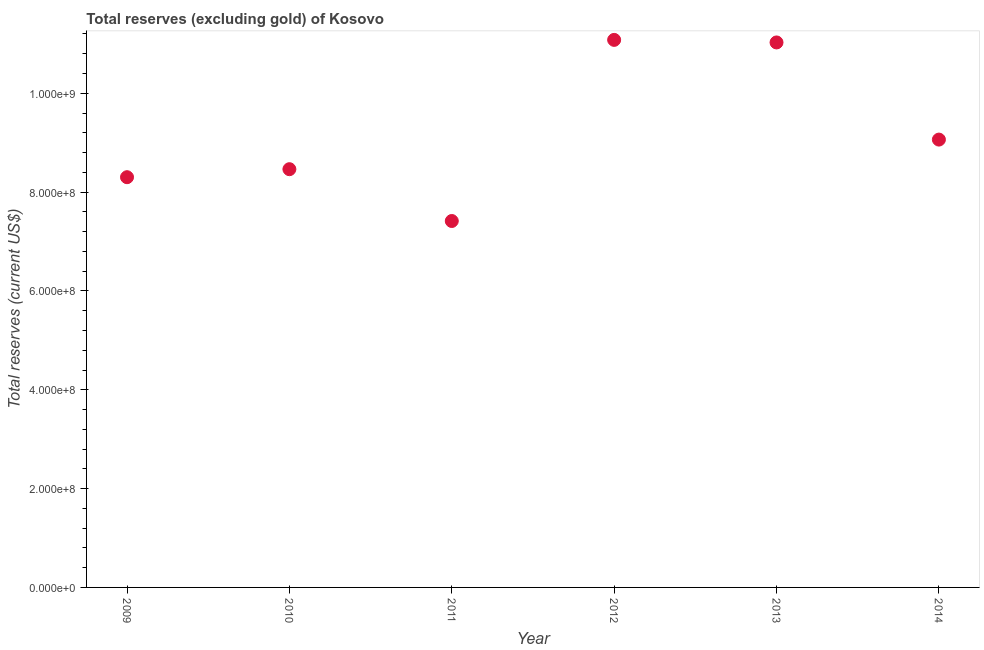
| Year | Total reserves minus gold (current US$) |
 | --- | --- |
 | 2009 | 8.3e+08 |
 | 2010 | 8.46e+08 |
 | 2011 | 7.42e+08 |
 | 2012 | 1.11e+09 |
 | 2013 | 1.1e+09 |
 | 2014 | 9.06e+08 |